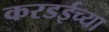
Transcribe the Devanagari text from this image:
करडईच्या